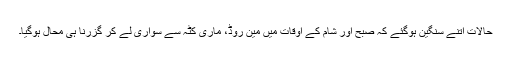
حالات اتنے سنگین ہوگئے کہ صبح اور شام کے اوقات میں مین روڈ، ماری کٹہ سے سواری لے کر گزرنا ہی محال ہوگیا۔